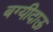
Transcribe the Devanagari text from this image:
बग्यीदाऊ